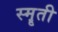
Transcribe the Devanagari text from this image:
स्मॄती